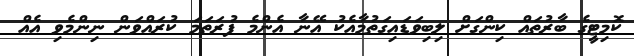
ކޮމިޓީގެ ބާރުތައް ކިންގަށް ލިބިވަޑައިގަތުމާއެކު އޭނާ އެންމެ ފުރަތަމަ ކުރައްވަން ނިންމެވި އެއް